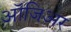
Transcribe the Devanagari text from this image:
ऑजिअर